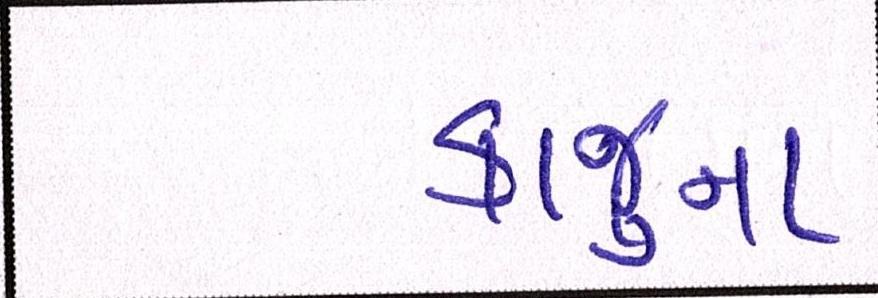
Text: કાજુના